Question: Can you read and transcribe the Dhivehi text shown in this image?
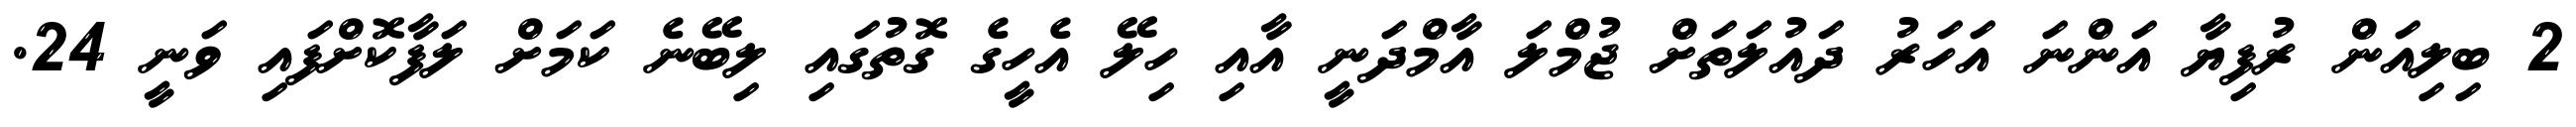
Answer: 2 ބިލިއަން ރުފިޔާ އަންނަ އަހަރު ދައުލަތަށް ޖުމްލަ އާމްދަނީ އާއި ހިލޭ އެހީގެ ގޮތުގައި ލިބޭނެ ކަމަށް ލަފާކޮށްފައި ވަނީ 24.